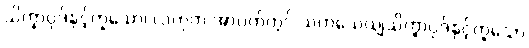
သိက္ခာပုဒ်နှင့်တူသော၊ လဟုက အာပတ်တွင် သဟသေယျသိက္ခာပုဒ်နှင့်တူသော